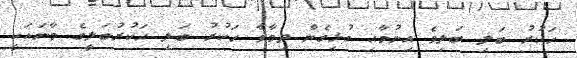
ހަކުރު ބަލި ބަލިވެ އިނުމާއި ގުޅިގެން ދިމާވާ ހަކުރު ބަލި ހަކުރުބަލީގެ މާނައަކީ